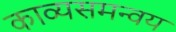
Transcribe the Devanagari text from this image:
काव्यसमन्वय